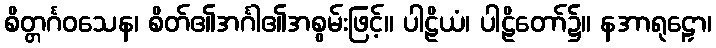
စိတ္တင်္ဂဝသေန၊ စိတ်၏အင်္ဂါ၏အစွမ်းဖြင့်။ ပါဠိယံ၊ ပါဠိတော်၌။ နအာရုဠှော၊